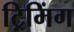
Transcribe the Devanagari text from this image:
ट्रिमिंग